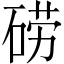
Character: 𮀤